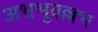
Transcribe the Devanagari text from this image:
अभ्रभूवल्लभ